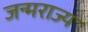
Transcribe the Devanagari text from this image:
जन्मराज्य